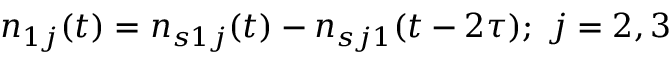
n _ { 1 j } ( t ) = n _ { s 1 j } ( t ) - n _ { s j 1 } ( t - 2 \tau ) ; ~ j = 2 , 3